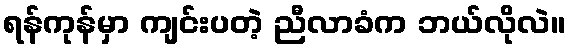
ရန်ကုန်မှာ ကျင်းပတဲ့ ညီလာခံက ဘယ်လိုလဲ။